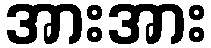
အားအား